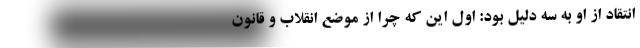
انتقاد از او به سه دلیل بود: اول این که چرا از موضع انقلاب و قانون